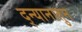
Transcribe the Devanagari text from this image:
द्न्यानातुन